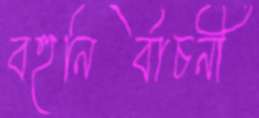
বহুনির্বাচনী